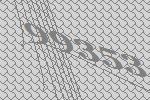
99353